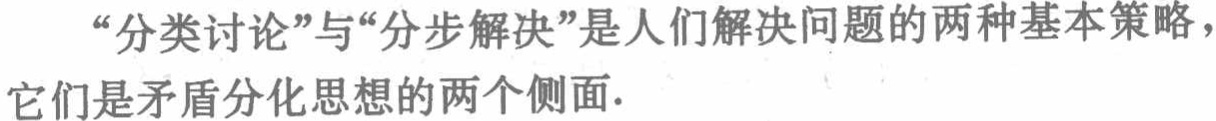
“分类讨论”与“分步解决”是人们解决问题的两种基本策略，它们是矛盾分化思想的两个侧面.